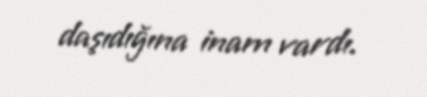
daşıdığına inam vardı.